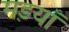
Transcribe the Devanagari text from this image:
मड़याँ